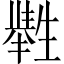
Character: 𤯶